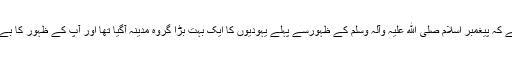
اسی وجہ سے تاریخ میں ملتا ہے کہ پیغمبر اسلام صلی الله علیہ وآلہ وسلم کے ظہورسے پہلے یہودیوں کا ایک بہت بڑا گروہ مدینہ آگیا تھا اور آپ کے ظہور کا بے صبری سے انتظار کررہا تھا۔